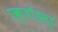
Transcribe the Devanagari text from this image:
एक्जाॅहस्ट